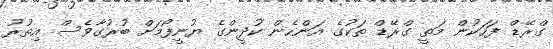
ގްރޭޑް ފަހަކުން މަތީ ގްރޭޑް ތަކުގެ އަންހެން ކުދީންގެ ޔުނީފޯމަށް ބުރުގާވެސް އިތުރު